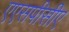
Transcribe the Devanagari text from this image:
एएसपीसीए